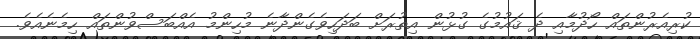
ކުރިއެރުންތައް ހޯދުމާއި ދެ ޤައުމުގެ ގުޅުން އިތުރަށް ބަދަހިވެގެންދާނެ މުހިންމު އެއްބަސްވުންތައް ހިމެނެއެވެ.